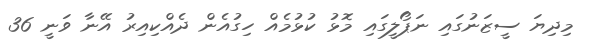
މިދިޔަ ސީޒަނުގައި ނަޕޯލީގައި މޮޅު ކުޅުމެއް ހިގުއެން ދެއްކިއިރު އޭނާ ވަނީ 36